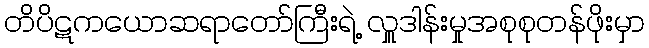
တိပိဋကယောဆရာတော်ကြီးရဲ့ လှူဒါန်းမှုအစုစုတန်ဖိုးမှာ